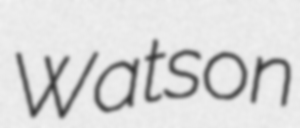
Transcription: Watson